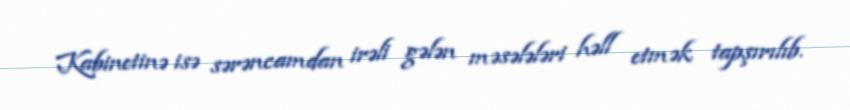
Kabinetinə isə sərəncamdan irəli gələn məsələləri həll etmək tapşırılıb.